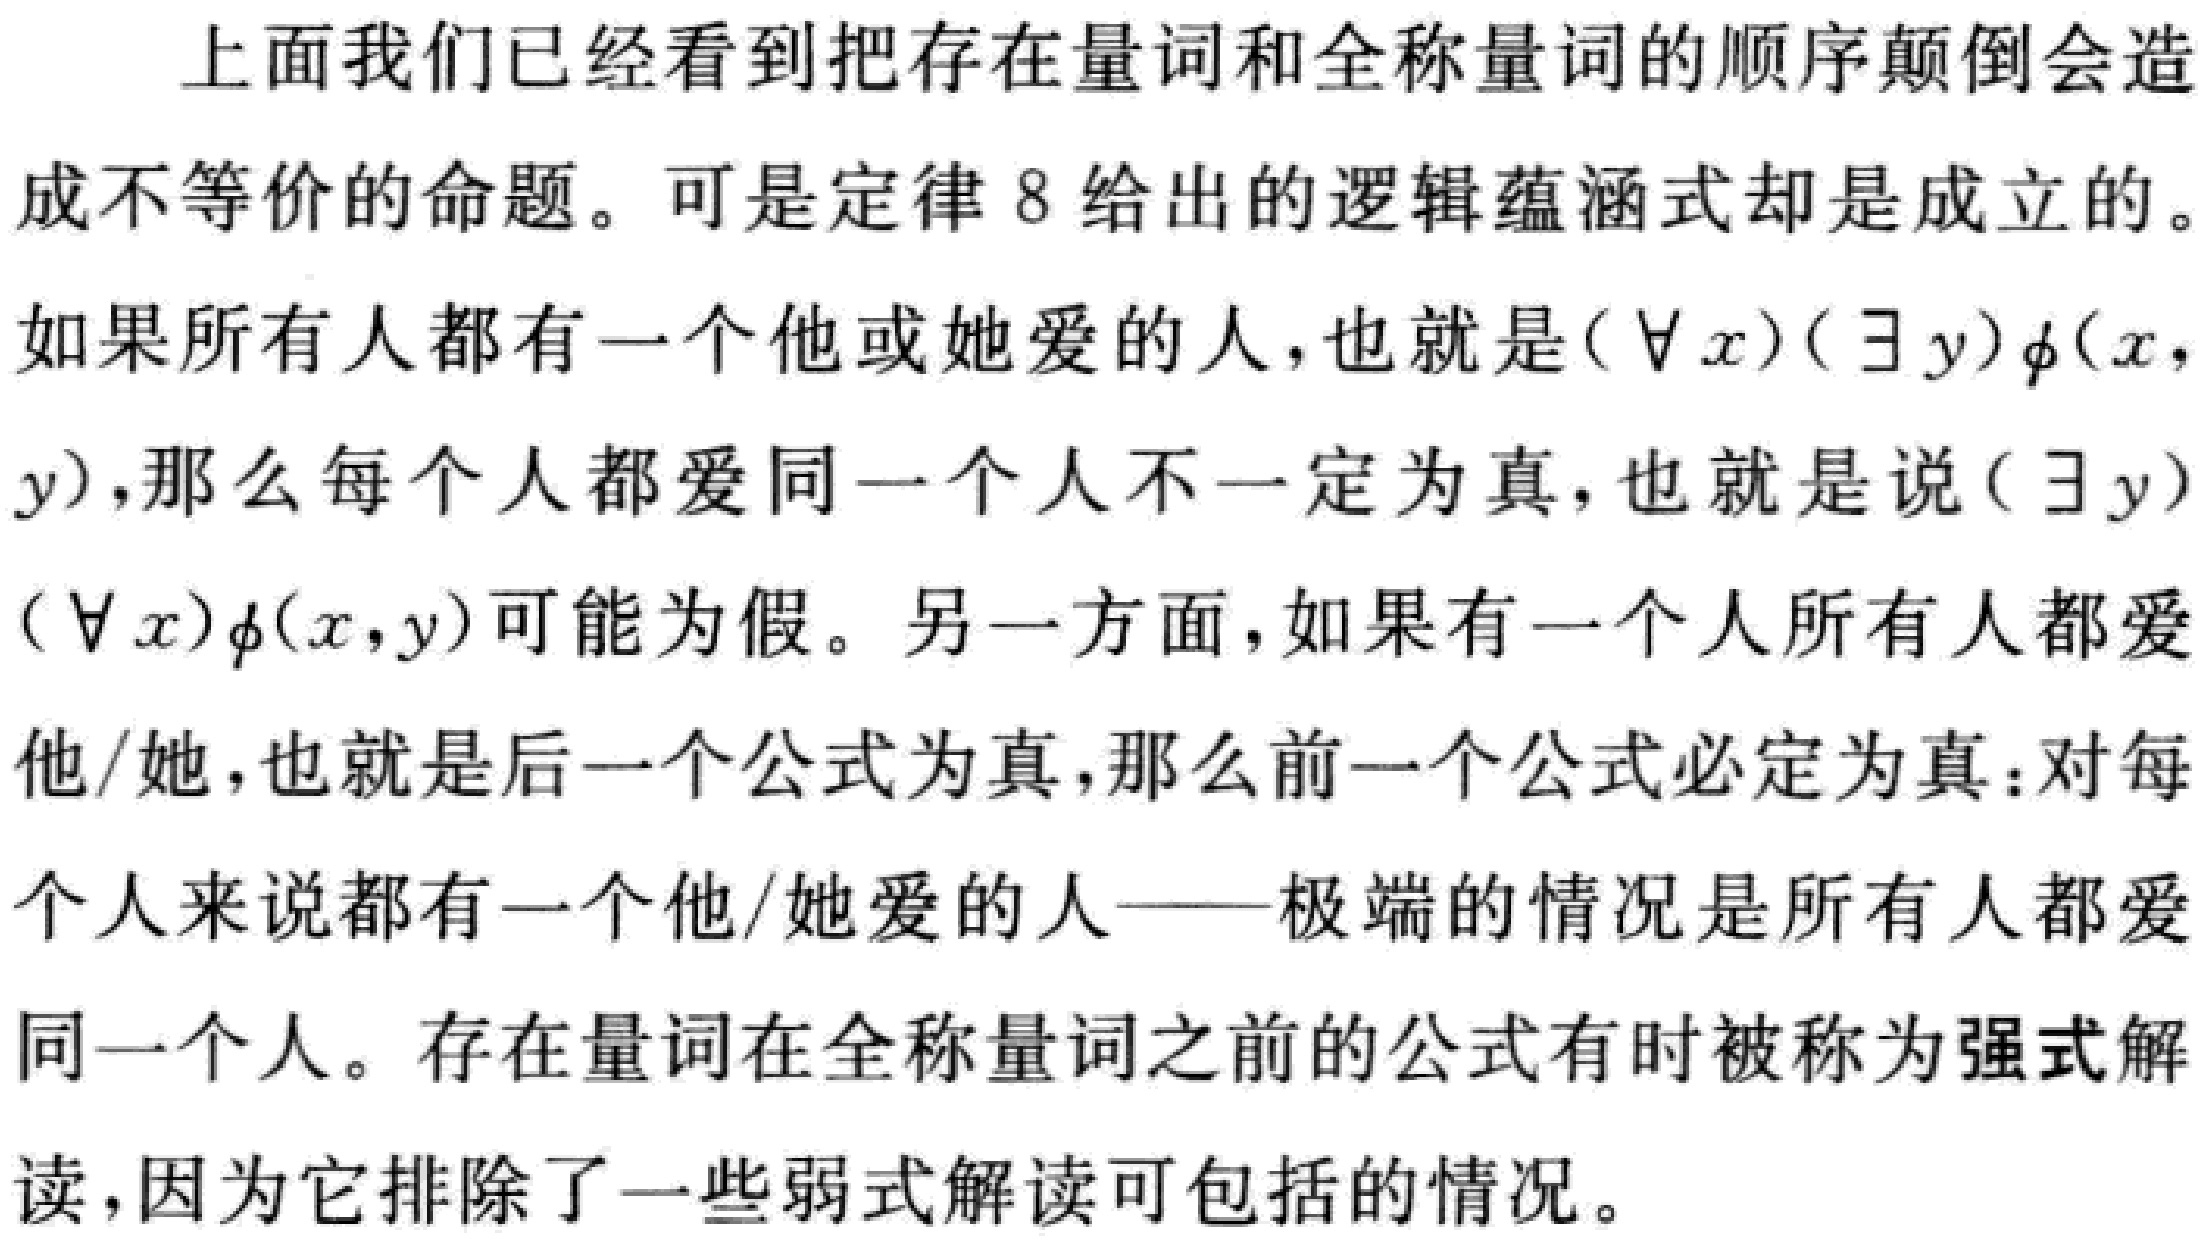
上面我们已经看到把存在量词和全称量词的顺序颠倒会造
成不等价的命题。可是定律 8 给出的逻辑蕴涵式却是成立的。
如果所有人都有一个他或她爱的人，也就是$(\forall x)(\exists y)\phi(x,$
$y)$，那么每个人都爱同一个人不一定为真，也就是说$(\exists y)$
$(\forall x)\phi(x,y)$可能为假。另一方面，如果有一个人所有人都爱
他/她，也就是后一个公式为真，那么前一个公式必定为真：对每
个人来说都有一个他/她爱的人——极端的情况是所有人都爱
同一个人。存在量词在全称量词之前的公式有时被称为强式解
读，因为它排除了一些弱式解读可包括的情况。